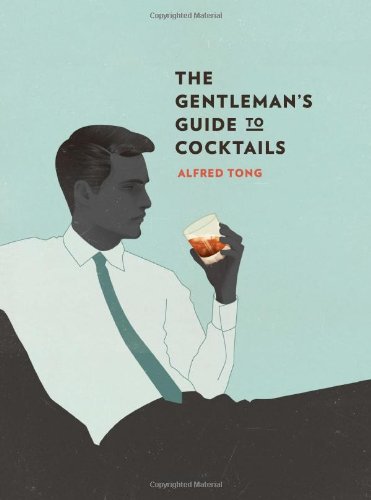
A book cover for The Gentleman's Guide to Cocktails; Alfred Tong; Cookbooks, Food & Wine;